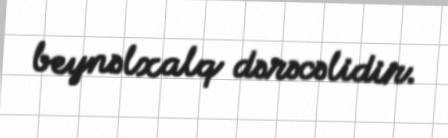
beynəlxalq dərəcəlidir.